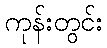
ကုန်းတွင်း